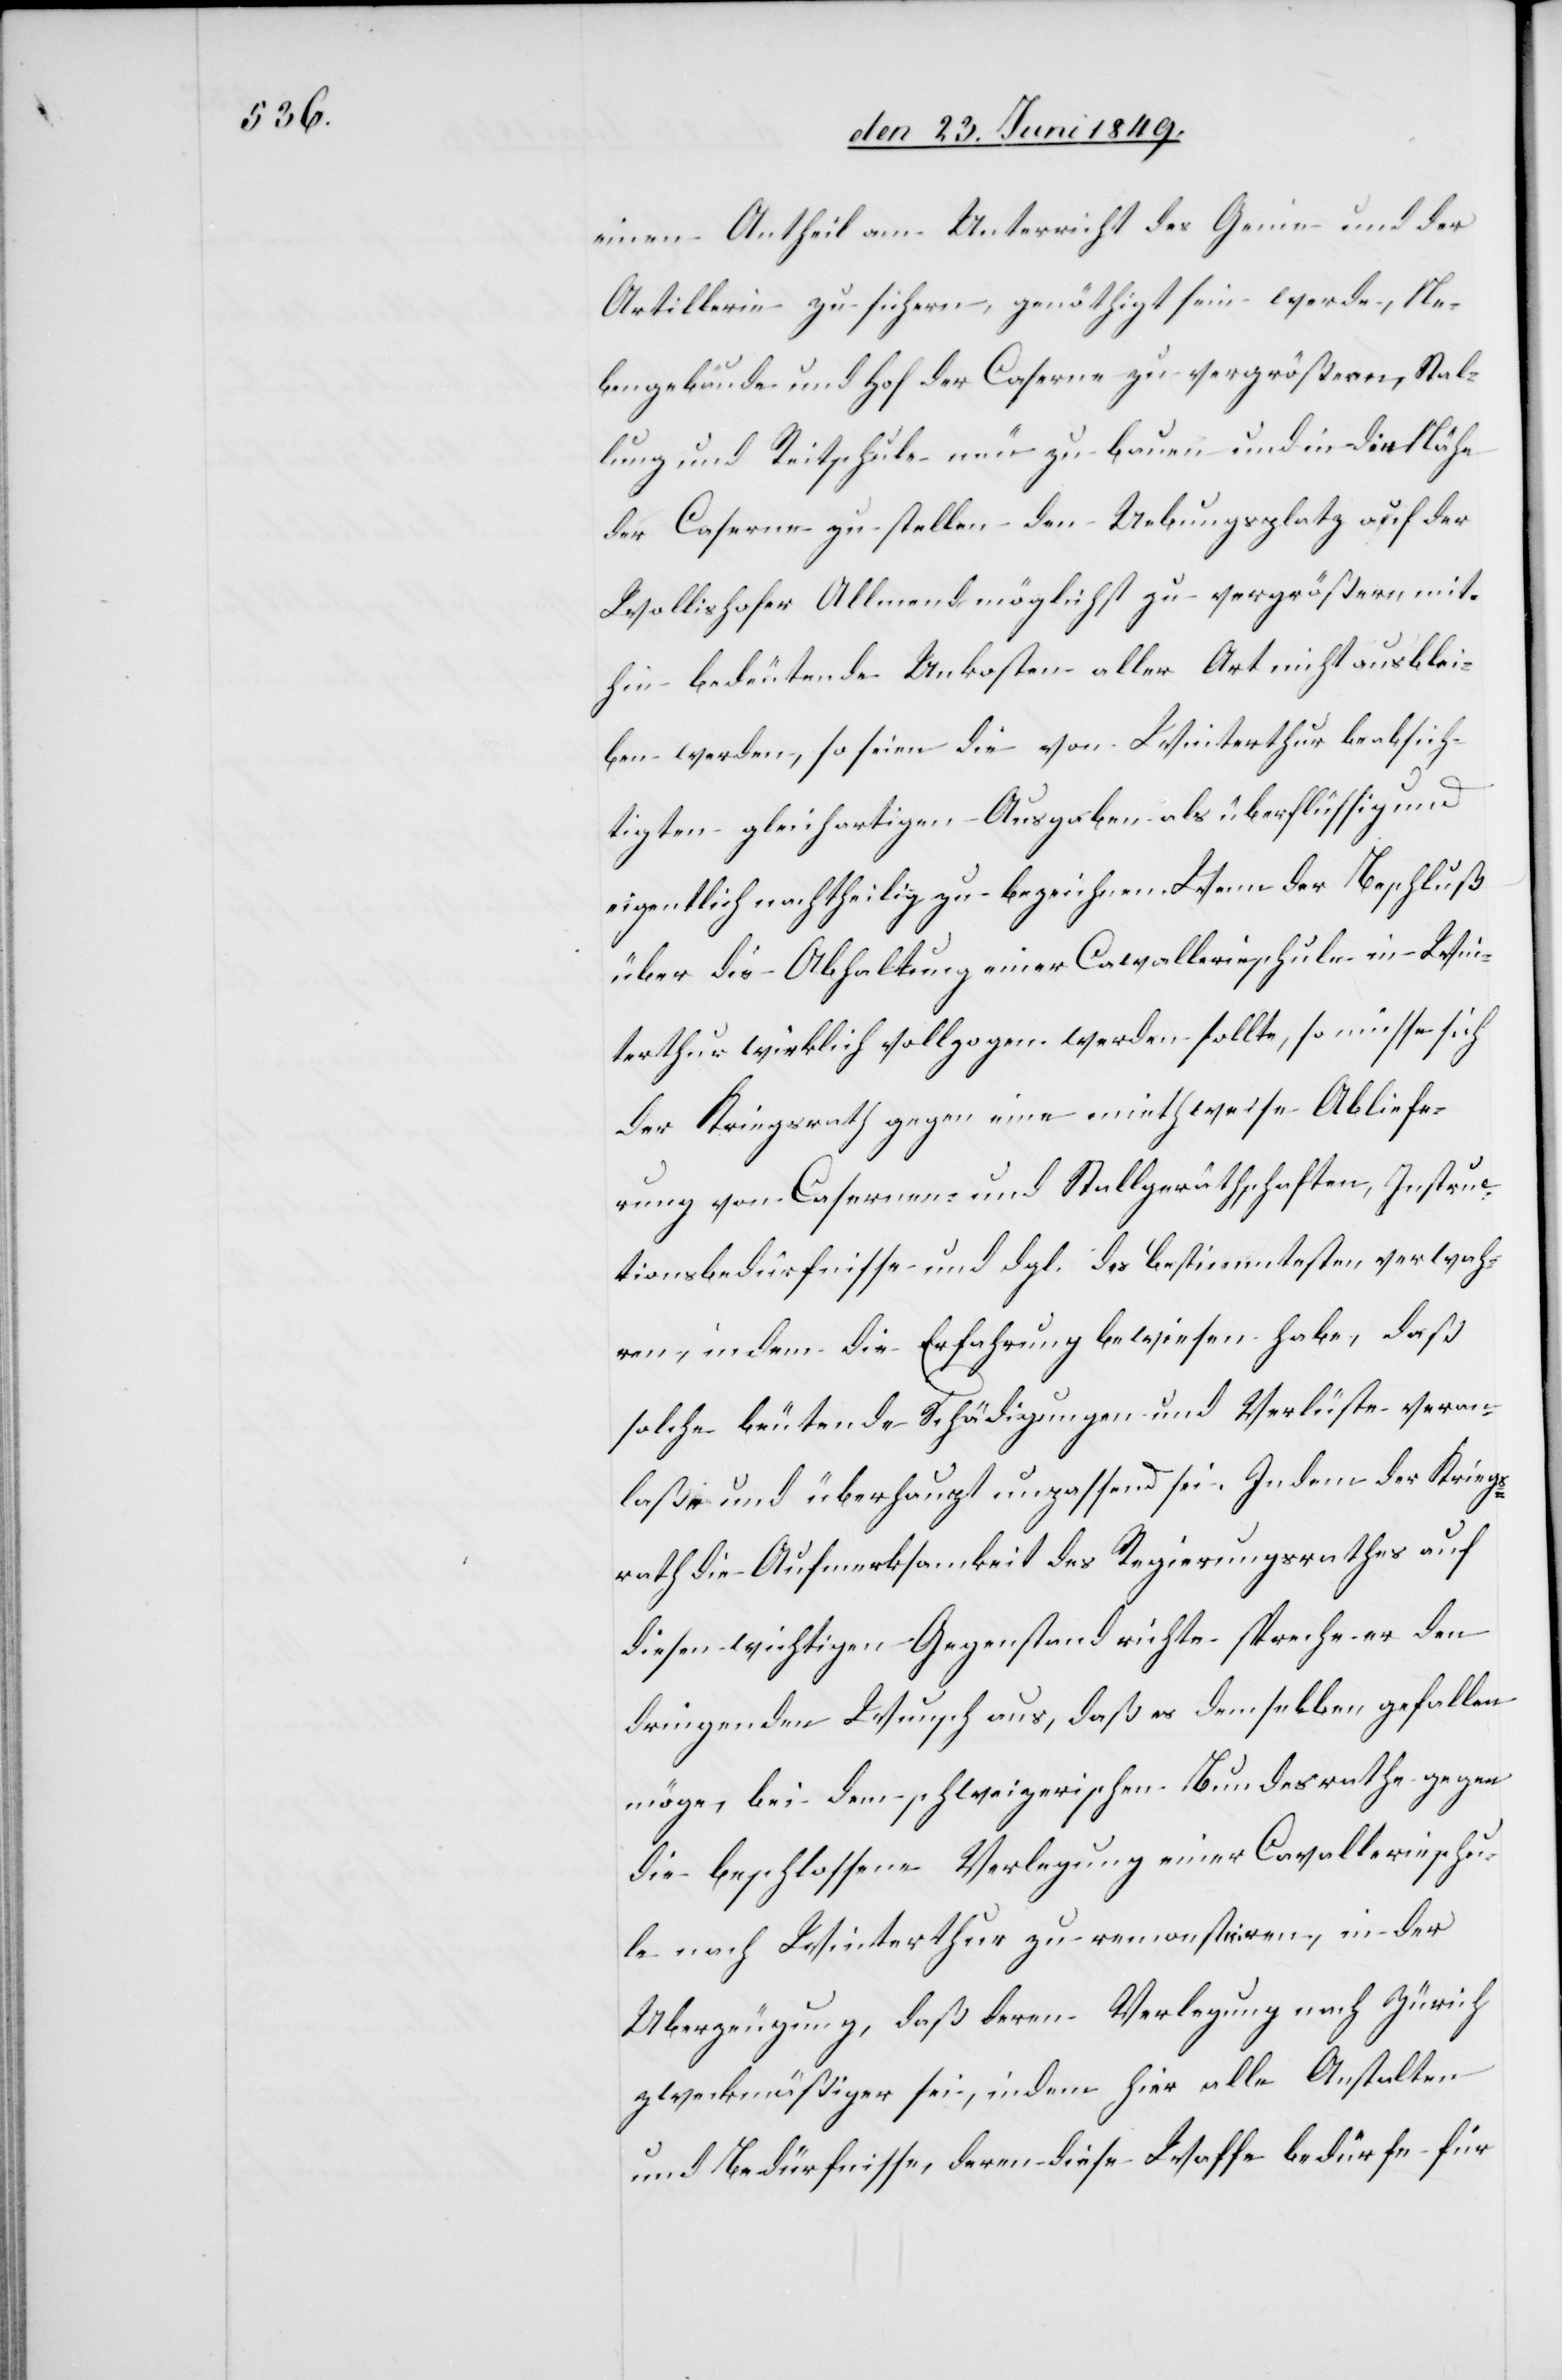
einen Antheil am Unterricht des Genie- und der
Artillerie zu sichern, genöthigt sein werde, Ne¬
bengebäude und Hof der Caserne zu vergrößern, Stal¬
lung und Reitschule neu zu bauen und in die Nähe
der Caserne zu stellen den Uebungsplatz auf der
Wollishofer Allmend möglichst zu vergrößern mit¬
hin bedeutende Unkosten aller Art nicht ausbli¬
eben werden, so seien die von Winterthur beabsich¬
tigten gleichartigen Ausgaben als überflüssig und
eigentlich nachtheilig zu bezeichnen. Wenn der Beschluß
über die Abhaltung einer Cavallerieschule in Win¬
terthur wirklich vollzogen werden sollte, so müsse sich
der Kriegsrath gegen eine miethweise Abliefe¬
rung von Casernen- und Stallgeräthschaften, Instruc¬
tionsbedürfnisse und dgl. des bestimmtesten verwah¬
ren, indem die Erfahrung bewiesen habe, daß
solche be[de]utende Schädigungen und Verlüste veran¬
laße und überhaupt unpassend sei. Indem der Kriegs¬
rath die Aufmerksamkeit des Regierungsrathes auf
diesen wichtigen Gegenstand richte spreche er den
dringenden Wunsch aus, daß es demselben gefallen
möge, bei dem schweizerischen Bundesrathe gegen
die beschlossene Verlegung einer Cavallerieschu¬
le nach Winterthur zu remontiren, in der
Uberzeugung, daß deren Verlegung nach Zürich
zweckmäßiger sei, indem hier alle Anstalten
und Bedürfnisse, deren diese Waffe bedürfe für